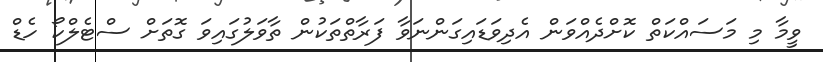
ވީމާ މި މަސައްކަތް ކޮށްދެއްވަން އެދިވަޑައިގަންނަވާ ފަރާތްތަކުން ތާވަލުގައިވަ ގޮތަށް ސްޓެލްކޯ ހެޑް